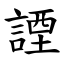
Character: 諲